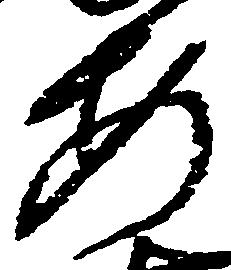
安